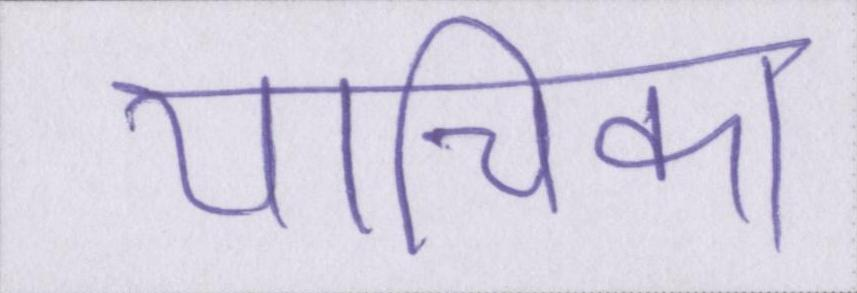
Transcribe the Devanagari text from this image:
याचिका